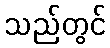
သည်တွင်